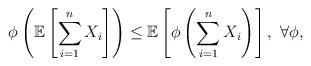
LaTeX: \begin{align*}\phi\left( \mathbb{E}\left[ \sum_{i=1}^{n} X_i \right] \right) \le \mathbb{E}\left[ \phi\left( \sum_{i=1}^{n} X_i \right) \right],\ \forall \phi, \end{align*}